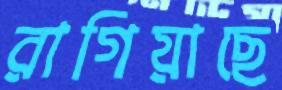
রাগিয়াছে